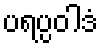
ပရပ္ပဝါဒံ